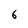
Character: 6